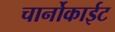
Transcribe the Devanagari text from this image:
चार्नोकाईट